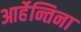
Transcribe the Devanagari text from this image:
आर्हेन्तिना